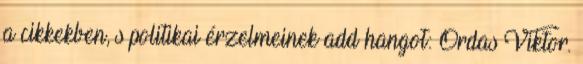
a cikkekben, s politikai érzelmeinek add hangot: Ordas Viktor.